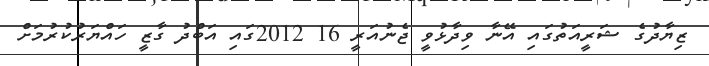
ޒިޔާދުގެ ޝަރީއަތުގައި އޭނާ ވިދާޅުވީ ޖެނުއަރީ 16 2012ގައި އަބްދު ގާޒީ ހައްޔަރުކުރުމަށް